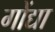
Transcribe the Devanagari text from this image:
गोंद्या